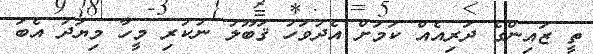
ތީ ޒައިންގެ ދަރިއެއް ކަމަށް އެދުވަހު ޤަބޫލު ނުކުރި މީހާ މިޔަދު އެބަ